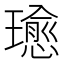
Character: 𤪂